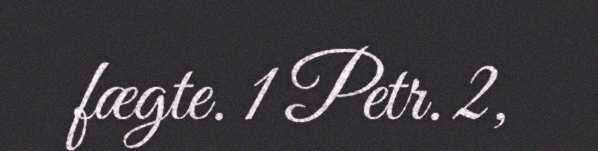
fægte. 1 Petr. 2,